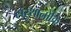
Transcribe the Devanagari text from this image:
संस्थानोंकि